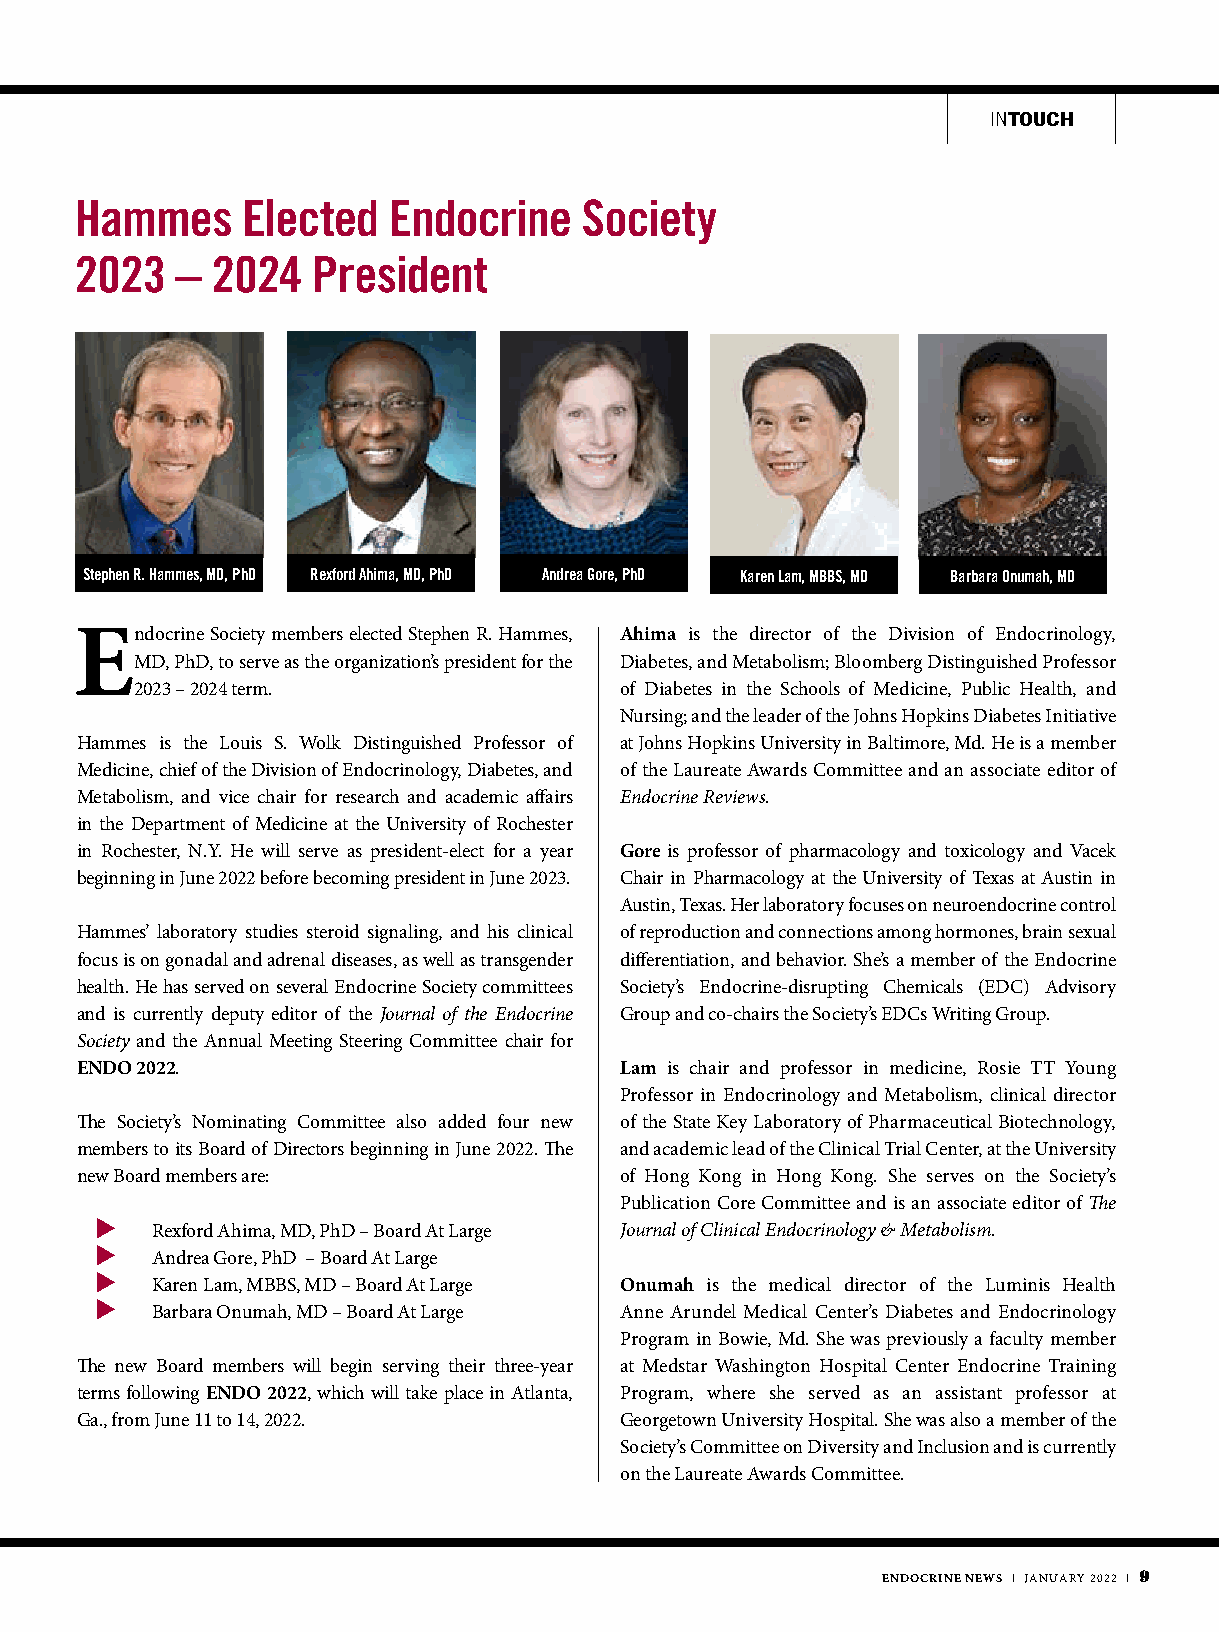
INTOUCH
 Hammes     Elected   Endocrine    Society
 2023   – 2024   President
 Stephen R. Hammes, MD, PhD Rexford Ahima, MD, PhD Andrea Gore, PhD Karen Lam, MBBS, MD Barbara Onumah, MD
 Endocrine Society members elected Stephen R. Hammes, Ahima is the director of the Division of Endocrinology,
 MD, PhD, to serve as the organization’s president for the Diabetes, and Metabolism; Bloomberg Distinguished Professor
 2023 – 2024 term.               of Diabetes in the Schools of Medicine, Public Health, and
 Nursing; and the leader of the Johns Hopkins Diabetes Initiative
 Hammes is the Louis S. Wolk Distinguished Professor of at Johns Hopkins University in Baltimore, Md. He is a member
 Medicine, chief of the Division of Endocrinology, Diabetes, and of the Laureate Awards Committee and an associate editor of
 Metabolism, and vice chair for research and academic affairs Endocrine Reviews.
 in the Department of Medicine at the University of Rochester
 in Rochester, N.Y. He will serve as president-elect for a year Gore is professor of pharmacology and toxicology and Vacek
 beginning in June 2022 before becoming president in June 2023. Chair in Pharmacology at the University of Texas at Austin in
 Austin, Texas. Her laboratory focuses on neuroendocrine control
 Hammes’ laboratory studies steroid signaling, and his clinical of reproduction and connections among hormones, brain sexual
 focus is on gonadal and adrenal diseases, as well as transgender differentiation, and behavior. She’s a member of the Endocrine
 health. He has served on several Endocrine Society committees Society’s Endocrine-disrupting Chemicals (EDC) Advisory
 and is currently deputy editor of the Journal of the Endocrine Group and co-chairs the Society’s EDCs Writing Group.
 Society and the Annual Meeting Steering Committee chair for
 ENDO 2022.                          Lam is chair and professor in medicine, Rosie TT Young
 Professor in Endocrinology and Metabolism, clinical director
 The Society’s Nominating Committee also added four new of the State Key Laboratory of Pharmaceutical Biotechnology,
 members to its Board of Directors beginning in June 2022. The and academic lead of the Clinical Trial Center, at the University
 new Board members are:              of Hong Kong in Hong Kong. She serves on the Society’s
 Publication Core Committee and is an associate editor of The
 u
 Rexford Ahima, MD, PhD – Board At Large Journal of Clinical Endocrinology & Metabolism.
 u
 Andrea Gore, PhD – Board At Large
 u
 Karen Lam, MBBS, MD – Board At Large Onumah is the medical director of the Luminis Health
 u
 Barbara Onumah, MD – Board At Large Anne Arundel Medical Center’s Diabetes and Endocrinology
 Program in Bowie, Md. She was previously a faculty member
 The new Board members will begin serving their three-year at Medstar Washington Hospital Center Endocrine Training
 terms following ENDO 2022, which will take place in Atlanta, Program, where she served as an assistant professor at
 Ga., from June 11 to 14, 2022.      Georgetown University Hospital. She was also a member of the
 Society’s Committee on Diversity and Inclusion and is currently
 on the Laureate Awards Committee.
 ENDOCRINE NEWS | JANUARY 2022 | 9